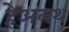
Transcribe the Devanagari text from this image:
हेअलथ